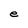
Character: e